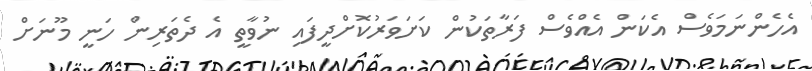
އެހެންނަމަވެސް އެކަން އެއްވެސް ފަރާތަކުން ކަށަވަރުކޮށްދީފައި ނުވާތީ އެ ދެތަރިން ހަނީ މޫނަށް